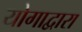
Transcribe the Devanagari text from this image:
योगाद्वारा